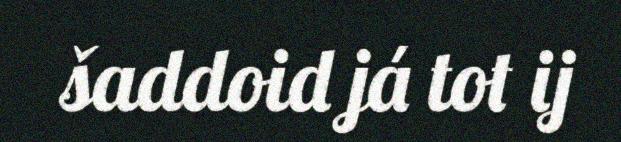
šaddoid já tot ij